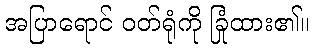
အပြာရောင် ဝတ်ရုံကို ခြုံထား၏။